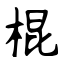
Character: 棍